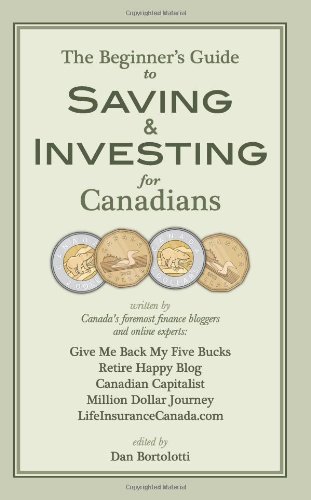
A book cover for The Beginners Guide to Saving and Investing for Canadians; Dan Bortolotti; Business & Money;